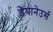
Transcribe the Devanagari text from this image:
डेपानेउर्स